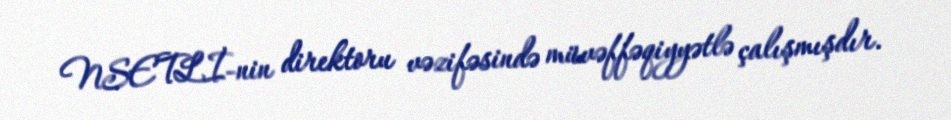
NSETLİ-nin direktoru vəzifəsində müvəffəqiyyətlə çalışmışdır.